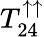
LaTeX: T_{24}^{\uparrow\uparrow}